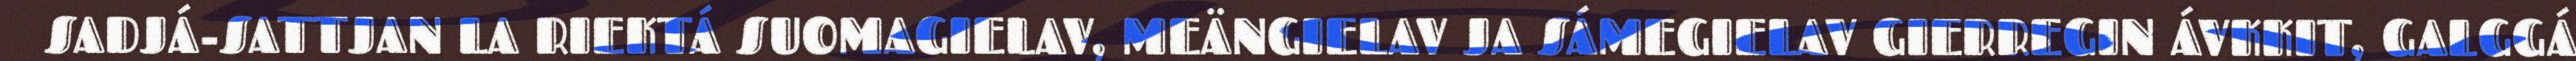
SADJÁ-SATTJAN LA RIEKTÁ SUOMAGIELAV, MEÄNGIELAV JA SÁMEGIELAV GIERREGIN ÁVKKIT, GALGGÁ